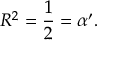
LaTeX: R ^ { 2 } = \frac { 1 } { 2 } = \alpha ^ { \prime } .